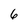
Character: 6